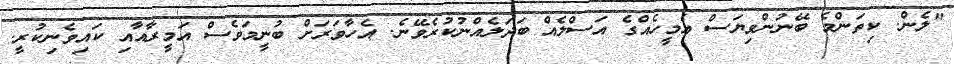
"ލެން. ކިތަންމެ ބޭނުންވިޔަސް އެމީހެއްގެ އަސްލެއް ބަދަލެއްނުކުރެވޭނެ. އެހާވަރަށް ބުނީމަވެސް އަމީރާއާއި ކައިވެނިކުރީ.